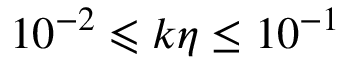
1 0 ^ { - 2 } \leqslant k \eta \le 1 0 ^ { - 1 }